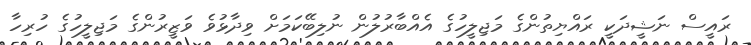
ރައީސް ނަޝީދަކީ ރައްޔިތުންގެ މަޖިލީހުގެ އެއްބާރުލުން ނުލިބޭކަމަށް ވިދާޅުވެ ވަޒީރުންގެ މަޖިލީހުގެ ހުރިހާ